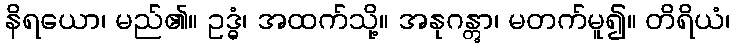
နိရယော၊ မည်၏။ ဥဒ္ဓံ၊ အထက်သို့။ အနုဂန္တွာ၊ မတက်မူ၍။ တိရိယံ၊